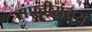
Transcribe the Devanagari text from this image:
संपत्तीसंचय